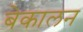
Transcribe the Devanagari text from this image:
बेकालन